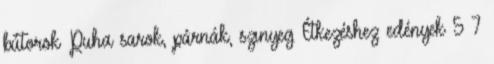
bútorok Puha sarok, párnák, szınyeg Étkezéshez edények 5 7